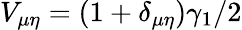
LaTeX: V_{\mu\eta}=(1+\delta_{\mu\eta})\gamma_{1}/2